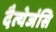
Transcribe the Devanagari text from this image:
दैत्येजंसि